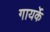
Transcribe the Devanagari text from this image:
गायर्के